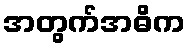
အတွက်အဓိက